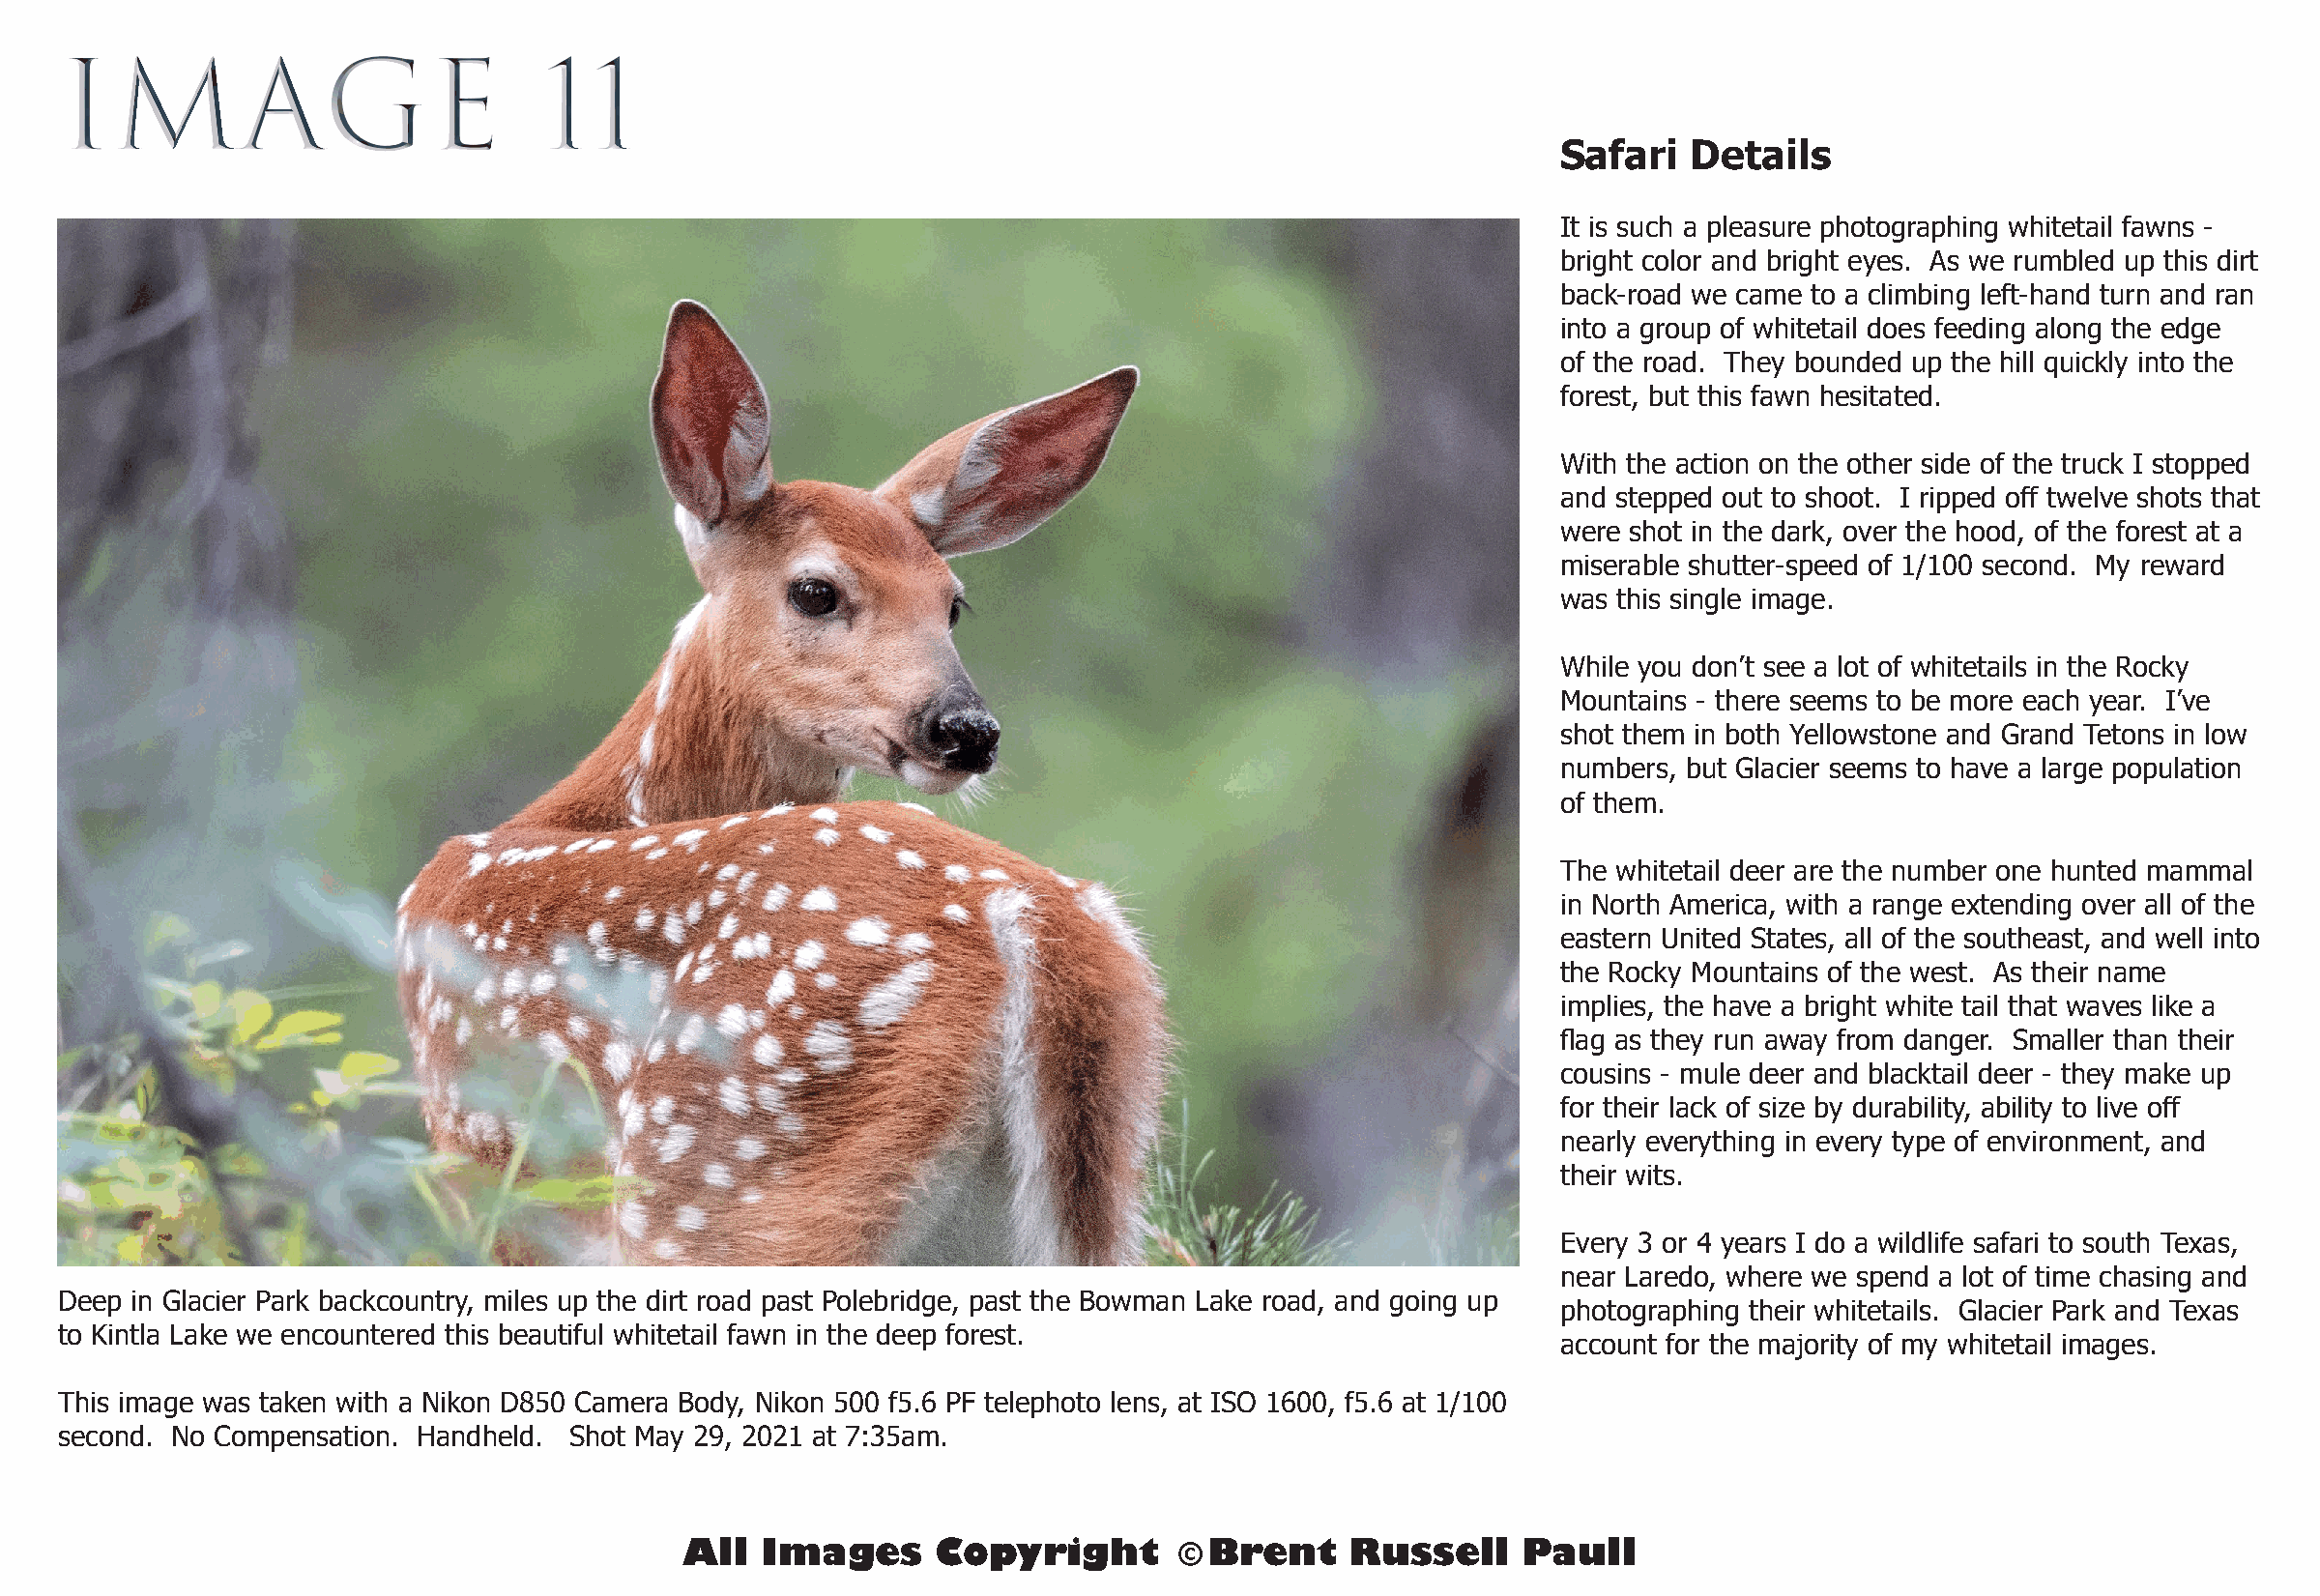
IMAGE                            11
 Safari   Details
 It is such a pleasure photographing whitetail fawns -
 bright color and bright eyes. As we rumbled up this dirt
 back-road we came to a climbing left-hand turn and ran
 into a group of whitetail does feeding along the edge
 of the road. They bounded up the hill quickly into the
 forest, but this fawn hesitated.
 With the action on the other side of the truck I stopped
 and stepped out to shoot. I ripped off twelve shots that
 were shot in the dark, over the hood, of the forest at a
 miserable shutter-speed of 1/100 second. My reward
 was this single image.
 While you don’t see a lot of whitetails in the Rocky
 Mountains - there seems to be more each year. I’ve
 shot them in both Yellowstone and Grand Tetons in low
 numbers, but Glacier seems to have a large population
 of them.
 The whitetail deer are the number one hunted mammal
 in North America, with a range extending over all of the
 eastern United States, all of the southeast, and well into
 the Rocky Mountains of the west. As their name
 implies, the have a bright white tail that waves like a
 flag as they run away from danger. Smaller than their
 cousins - mule deer and blacktail deer - they make up
 for their lack of size by durability, ability to live off
 nearly everything in every type of environment, and
 their wits.
 Every 3 or 4 years I do a wildlife safari to south Texas,
 near Laredo, where we spend a lot of time chasing and
 Deep in Glacier Park backcountry, miles up the dirt road past Polebridge, past the Bowman Lake road, and going up
 photographing their whitetails. Glacier Park and Texas
 to Kintla Lake we encountered this beautiful whitetail fawn in the deep forest.
 account for the majority of my whitetail images.
 This image was taken with a Nikon D850 Camera Body, Nikon 500 f5.6 PF telephoto lens, at ISO 1600, f5.6 at 1/100
 second. No Compensation. Handheld. Shot May 29, 2021 at 7:35am.
 All  Images      Copyright        © Brent    Russell     Paull